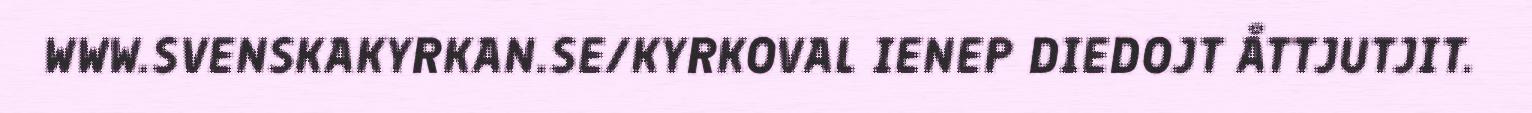
WWW.SVENSKAKYRKAN.SE/KYRKOVAL IENEP DIEDOJT ÅTTJUTJIT.